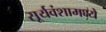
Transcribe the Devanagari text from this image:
सूर्यवंशामध्ये